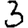
Digit: 3